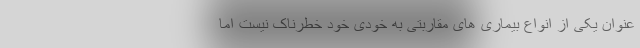
عنوان یکی از انواع بیماری های مقاربتی به خودی خود خطرناک نیست اما